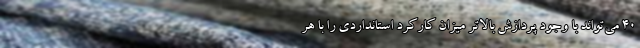
40 می‌تواند با وجود پردازش بالاتر میزان کارکرد استانداردی را با هر